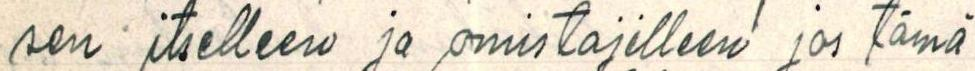
sen itselleen ja omistajilleen jos tämä